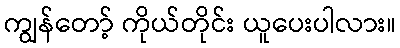
ကျွန်တော့် ကိုယ်တိုင်း ယူပေးပါလား။